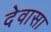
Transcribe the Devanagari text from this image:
देवासा